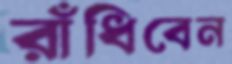
রাঁধিবেন